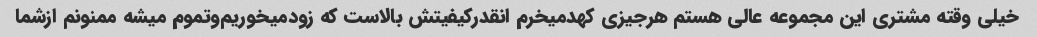
خیلی وقته مشتری این مجموعه عالی هستم هرجیزی کهدمیخرم انقدرکیفیتش بالاست که زودمیخوریم‌وتموم میشه ممنونم ازشما